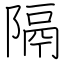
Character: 隔